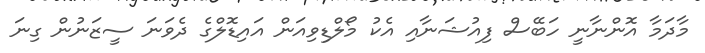
މާދަމާ އޮންނާނީ ހަބޭސް ފިއުޝަނާއި އެކު މޯލްޑިވިއަން އައިޑޮލްގެ ދެވަނަ ސީޒަނުން ގިނަ